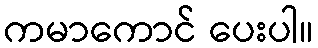
ကမာကောင် ပေးပါ။